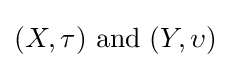
(X,\tau ){\text{ and }}(Y,\upsilon )